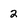
Character: 2